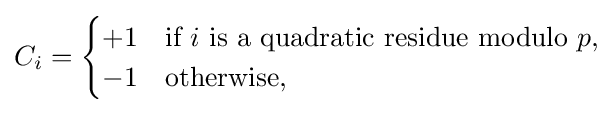
C_{i}={\begin{cases}+1&{\mbox{if }}i{\mbox{ is a quadratic residue modulo }}p,\\-1&{\mbox{otherwise,}}\end{cases}}